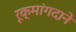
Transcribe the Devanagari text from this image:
रूक्मांगदाने